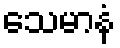
သေမာနံ